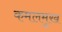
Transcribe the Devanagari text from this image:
कमलमुख